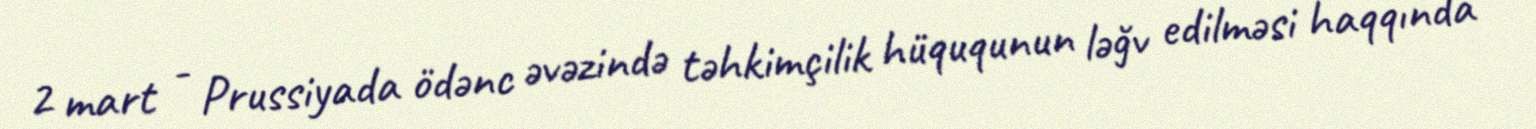
2 mart - Prussiyada ödənc əvəzində təhkimçilik hüququnun ləğv edilməsi haqqında